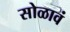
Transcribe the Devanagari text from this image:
सोळावं